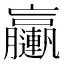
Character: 𨏩